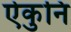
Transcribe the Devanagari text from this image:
ऐकुनि